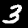
Label: 3